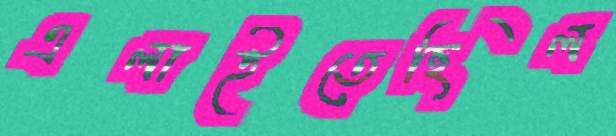
এলাইতেছিল